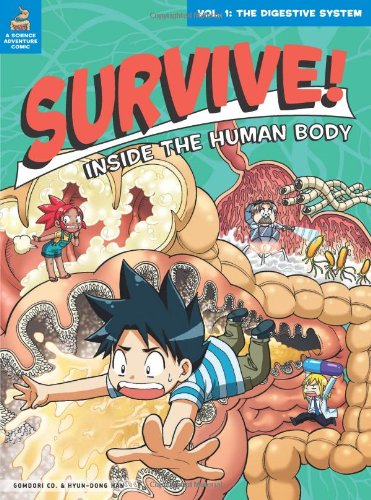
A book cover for Survive! Inside the Human Body, Vol. 1: The Digestive System; Gomdori co.; Children's Books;